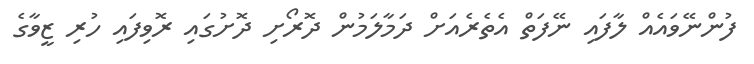
ފުންނޭވައެއް ލާފައި ނޭފަތް އެތެރެއަށް ދަމާލަމުން ދޮރޯށި ދޮށުގައި ރޮވިފައި ހުރި ޒީވާގެ